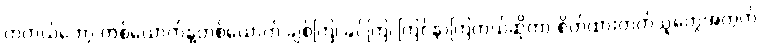
တကယ်တော့ တစ်ယောက်နဲ့တစ်ယောက် ချစ်ကြ၊ ခင်ကြ၊ ကြင်နာကြတယ်ဆိုတာ စိတ်ထားတတ်သူတွေအတွက်